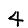
Digit: 4